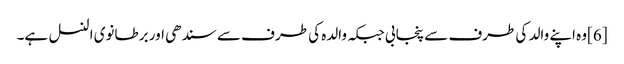
[6]وہ اپنے والد کی طرف سے پنجابی جبکہ والدہ کی طرف سے سندھی اور برطانوی النسل ہے۔